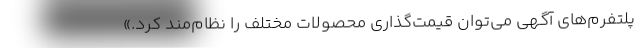
پلتفرم‌های آگهی می‌توان قیمت‌گذاری محصولات مختلف را نظام‌مند کرد.»